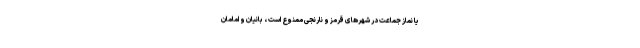
یا نماز جماعت در شهرهای قرمز و نارنجی ممنوع است ، بانیان و امامان